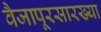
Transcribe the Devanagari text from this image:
वैजापूरसारख्या